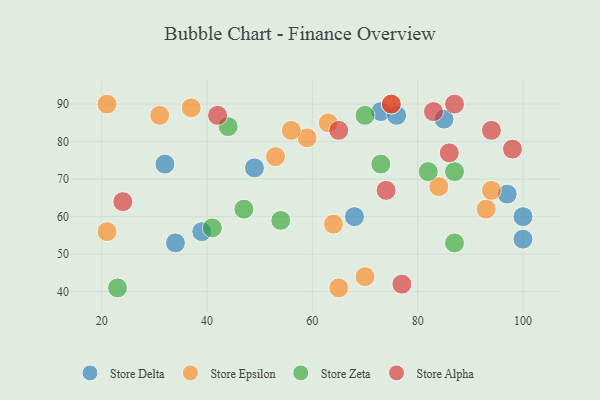
{"axis": {"x": "GDP", "y": "Life Expectancy"}, "legend": ["Store Alpha", "Store Delta", "Store Epsilon", "Store Zeta"], "data": [{"x": "97", "y": 66, "type": "Store Delta"}, {"x": "39", "y": 56, "type": "Store Delta"}, {"x": "32", "y": 74, "type": "Store Delta"}, {"x": "49", "y": 73, "type": "Store Delta"}, {"x": "73", "y": 88, "type": "Store Delta"}, {"x": "100", "y": 54, "type": "Store Delta"}, {"x": "68", "y": 60, "type": "Store Delta"}, {"x": "76", "y": 87, "type": "Store Delta"}, {"x": "100", "y": 60, "type": "Store Delta"}, {"x": "34", "y": 53, "type": "Store Delta"}, {"x": "85", "y": 86, "type": "Store Delta"}, {"x": "21", "y": 56, "type": "Store Epsilon"}, {"x": "63", "y": 85, "type": "Store Epsilon"}, {"x": "31", "y": 87, "type": "Store Epsilon"}, {"x": "59", "y": 81, "type": "Store Epsilon"}, {"x": "21", "y": 90, "type": "Store Epsilon"}, {"x": "64", "y": 58, "type": "Store Epsilon"}, {"x": "70", "y": 44, "type": "Store Epsilon"}, {"x": "93", "y": 62, "type": "Store Epsilon"}, {"x": "75", "y": 90, "type": "Store Epsilon"}, {"x": "65", "y": 41, "type": "Store Epsilon"}, {"x": "37", "y": 89, "type": "Store Epsilon"}, {"x": "94", "y": 67, "type": "Store Epsilon"}, {"x": "56", "y": 83, "type": "Store Epsilon"}, {"x": "53", "y": 76, "type": "Store Epsilon"}, {"x": "84", "y": 68, "type": "Store Epsilon"}, {"x": "73", "y": 74, "type": "Store Zeta"}, {"x": "41", "y": 57, "type": "Store Zeta"}, {"x": "82", "y": 72, "type": "Store Zeta"}, {"x": "87", "y": 72, "type": "Store Zeta"}, {"x": "54", "y": 59, "type": "Store Zeta"}, {"x": "70", "y": 87, "type": "Store Zeta"}, {"x": "47", "y": 62, "type": "Store Zeta"}, {"x": "44", "y": 84, "type": "Store Zeta"}, {"x": "23", "y": 41, "type": "Store Zeta"}, {"x": "87", "y": 53, "type": "Store Zeta"}, {"x": "83", "y": 88, "type": "Store Alpha"}, {"x": "65", "y": 83, "type": "Store Alpha"}, {"x": "24", "y": 64, "type": "Store Alpha"}, {"x": "77", "y": 42, "type": "Store Alpha"}, {"x": "75", "y": 90, "type": "Store Alpha"}, {"x": "74", "y": 67, "type": "Store Alpha"}, {"x": "42", "y": 87, "type": "Store Alpha"}, {"x": "86", "y": 77, "type": "Store Alpha"}, {"x": "98", "y": 78, "type": "Store Alpha"}, {"x": "94", "y": 83, "type": "Store Alpha"}, {"x": "87", "y": 90, "type": "Store Alpha"}]}